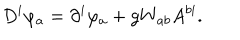
D ^ { i } \varphi _ { a } = \partial ^ { i } \varphi _ { a } + g W _ { a b } A ^ { b i } .